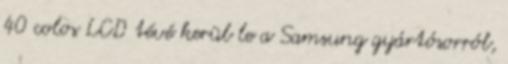
40 colos LCD tévé kerül le a Samsung gyártósorról,